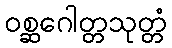
ဝစ္ဆဂေါတ္တသုတ္တံ